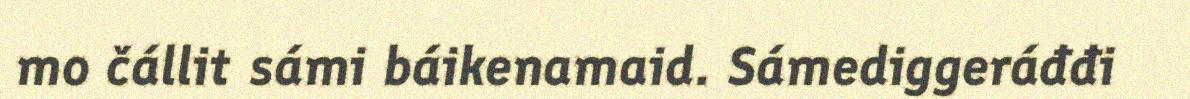
mo čállit sámi báikenamaid. Sámediggeráđđi